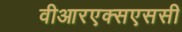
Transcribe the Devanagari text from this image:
वीआरएक्सएससी